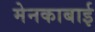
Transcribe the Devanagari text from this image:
मेनकाबाई